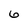
Character: 6